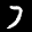
Label: 7